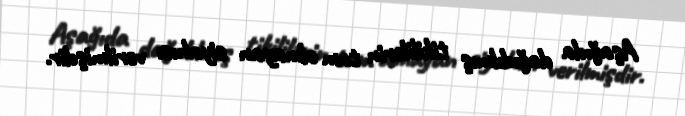
Aşağıda dağıdılmış tikililərin tam olmayan siyahısı verilmişdir.